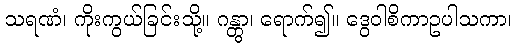
သရဏံ၊ ကိုးကွယ်ခြင်းသို့။ ဂန္တွာ၊ ရောက်၍။ ဒွေဝါစိကာဥပါသကာ၊